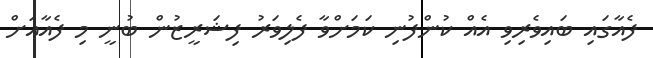
ފެއާގައި ބައިވެރިވި އެއް ކުންފުނި ކަމަށްވާ ފެލިވަރު ފިޝަރީޒުން ބުނީ މި ފެއާއަށް